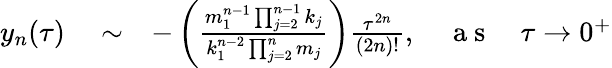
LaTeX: \begin{array}{rlr}{y_{n}(\tau)}&{{}\sim}&{-\left(\frac{m_{1}^{n-1}\prod_{j=2}^{n-1}k_{j}}{k_{1}^{n-2}\prod_{j=2}^{n}m_{j}}\right)\frac{\tau^{2n}}{{(2n)}!},\quad\mathrm{~a~s~}\quad\tau\rightarrow 0^{+}}\end{array}